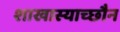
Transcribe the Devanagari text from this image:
शाखास्याच्छौन